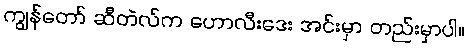
ကျွန်တော် ဆီတဲလ်က ဟောလီးဒေး အင်းမှာ တည်းမှာပါ။